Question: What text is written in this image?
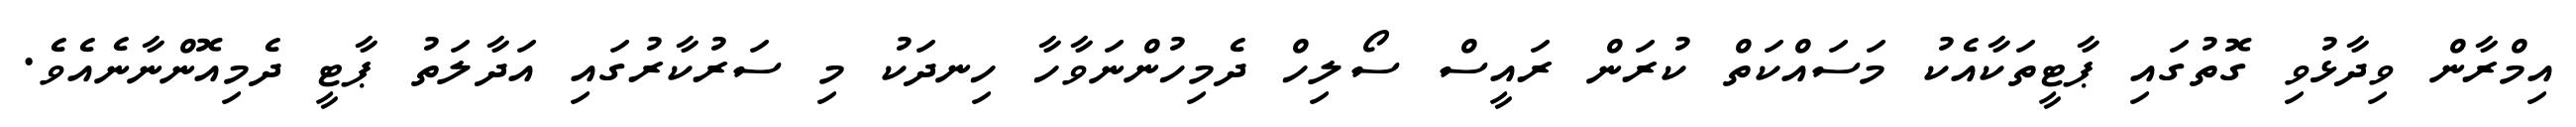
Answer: އިމްރާން ވިދާޅުވި ގޮތުގައި ޕާޓީތަކާއެކު މަސައްކަތް ކުރަން ރައީސް ސޯލިހް ދެމިހުންނަވާހާ ހިނދަކު މި ސަރުކާރުގައި އަދާލަތު ޕާޓީ ދެމިއޮންނާނެއެވެ.